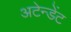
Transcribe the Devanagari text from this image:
अटेन्डेंट